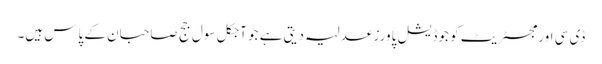
ڈی سی اور مجسٹریٹ کو جوڈیشل پاورز عدلیہ دیتی ہے جو آجکل سول جج صاحبان کے پاس ہیں۔